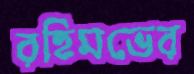
রহিমভের